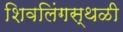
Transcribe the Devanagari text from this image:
शिवलिंगस्थळी